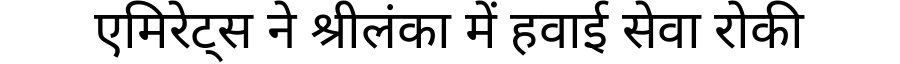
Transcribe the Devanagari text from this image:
एमिरेट्स ने श्रीलंका में हवाई सेवा रोकी